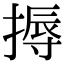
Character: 搙